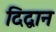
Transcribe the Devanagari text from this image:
दिद्वान